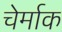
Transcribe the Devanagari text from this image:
चेर्माक